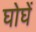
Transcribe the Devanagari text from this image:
घोघें